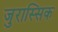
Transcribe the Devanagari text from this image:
जुरास्सिक